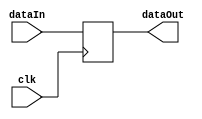
`timescale 1ns / 1ps
//////////////////////////////////////////////////////////////////////////////////
// Company: 
// Engineer: 
// 
// Design Name: 
// Module Name: ALUOutDR
// Project Name: 
// Target Devices: 
// Tool Versions: 
// Description: 
// 
// Dependencies: 
// 
// Revision:
// Revision 0.01 - File Created
// Additional Comments:
// 
//////////////////////////////////////////////////////////////////////////////////


module ALUOutDR(dataIn, clk, dataOut);
  input clk;
  input [31:0] dataIn;
  output reg [31:0] dataOut;

  always @(posedge clk) begin
    dataOut <= dataIn;
  end
endmodule